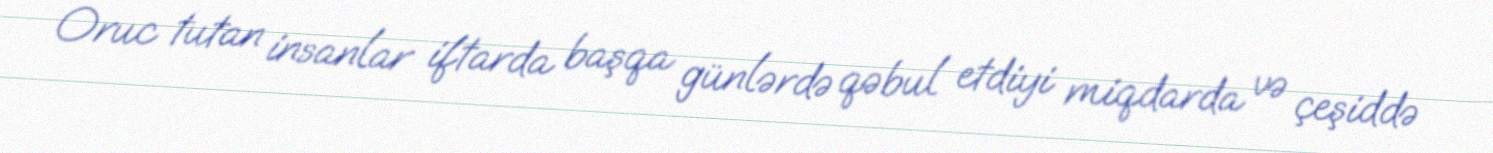
Oruc tutan insanlar iftarda başqa günlərdə qəbul etdiyi miqdarda və çeşiddə